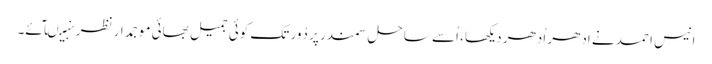
انیس احمد نے اِدھر اُدھر دیکھا، اُسے ساحلِ سمندر پر دُور تک کوئی جمیل بھائی موجمدار نظر نہیںآئے۔